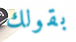
بقولك